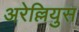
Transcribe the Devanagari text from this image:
अरेल्लियुस